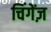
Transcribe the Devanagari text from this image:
चिंगेंज़